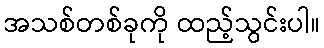
အသစ်တစ်ခုကို ထည့်သွင်းပါ။